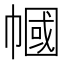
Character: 幗